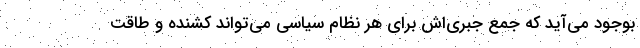
بوجود می‌آید که جمع جبری‌اش برای هر نظام سیاسی می‌تواند کشنده و طاقت